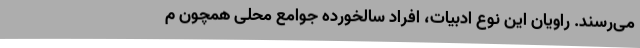
می‌رسند. راویان این نوع ادبیات، افراد سالخورده جوامع محلی همچون م